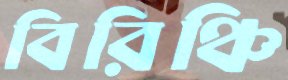
বিরিঞ্চি